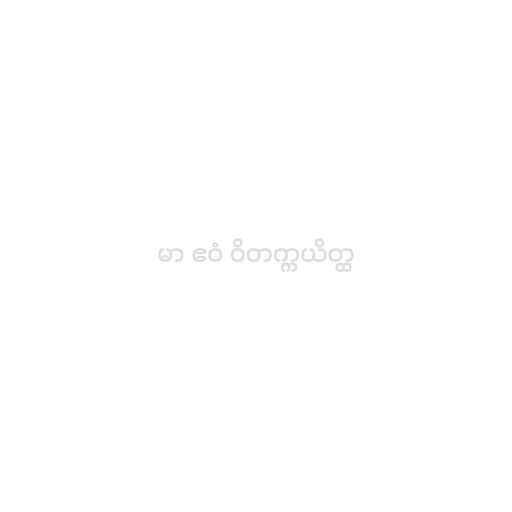
မာ ဧဝံ ဝိတက္ကယိတ္ထ